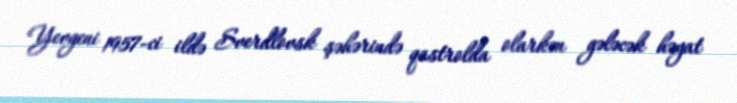
Yevgeni 1957-ci ildə Sverdlovsk şəhərində qastrolda olarkən gələcək həyat